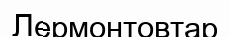
Лермонтовтар